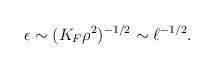
LaTeX: \begin{align*}\epsilon \sim (K_F\rho^2)^{-1/2}\sim \ell^{-1/2}.\end{align*}